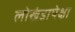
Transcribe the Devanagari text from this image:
लोखंडापेक्षा